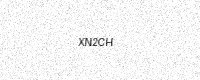
Text: XN2CH